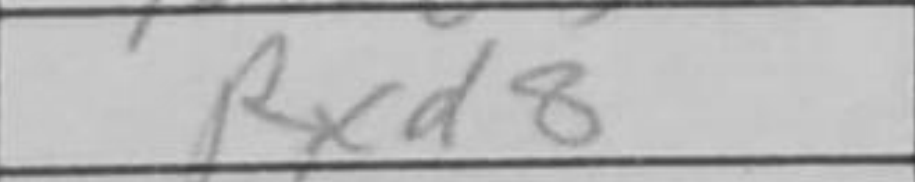
Transcription: Rxd8